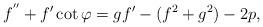
LaTeX: \begin{align*}f^{''}+f'\cot\varphi=gf'-(f^2+g^2)-2p,\end{align*}